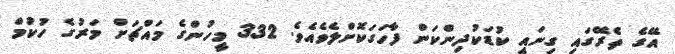
އޭގެ ތެރޭގައި ގިނައީ ކުޑަކުދިންކަން ފާހަގަކޮށްލެވެއެވެ. 332 މީހުންގެ މައްޗަށް މަރުގެ ހުކުމް